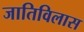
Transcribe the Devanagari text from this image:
जातिविलास